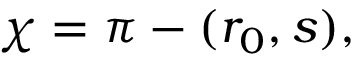
\chi = \pi - ( r _ { 0 } , s ) ,